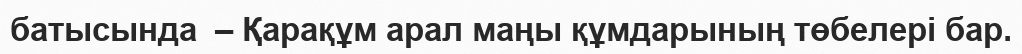
батысында  – Қарақұм арал маңы құмдарының төбелері бар.